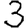
Digit: 3